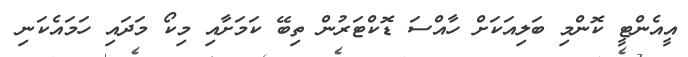
އީއެންޓީ ކޮންމި ބަލިއަކަށް ހާއްސަ ޑޮކްޓަރުން ތިބޭ ކަމަށާއި މިކޯ މަދައި ހަމައެކަނި